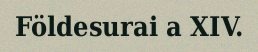
Földesurai a XIV.